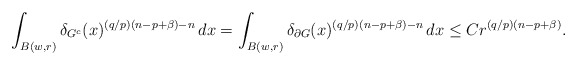
\begin{align*} \int_{B(w,r)} \delta_{G^c}(x)^{(q/p)(n-p+\beta)-n}\,dx= \int_{B(w,r)} \delta_{\partial G}(x)^{(q/p)(n-p+\beta)-n}\,dx \le C r^{(q/p)(n-p+\beta)}.\end{align*}